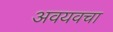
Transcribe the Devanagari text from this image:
अवयवचा